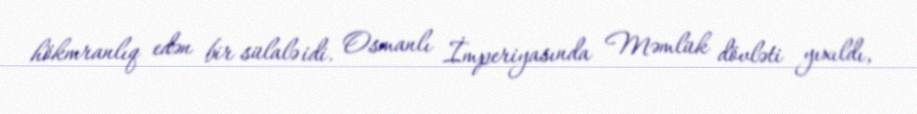
hökmranlıq edən bir sülalə idi. Osmanlı İmperiyasında Məmlük dövləti yıxıldı,